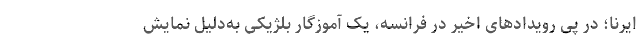
ایرنا؛ در پی رویدادهای اخیر در فرانسه، یک آموزگار بلژیکی به‌دلیل نمایش